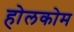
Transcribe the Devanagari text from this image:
होलकोम